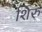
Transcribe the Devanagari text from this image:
शिरु